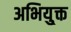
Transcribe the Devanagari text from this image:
अभियु्क्त